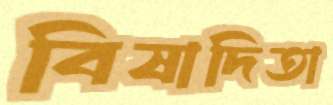
বিষাদিতা